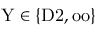
\mathrm { Y } \in \{ \mathrm { D 2 , o o } \}